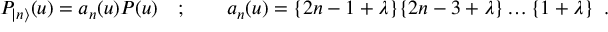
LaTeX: P _ { | n \rangle } ( u ) = a _ { n } ( u ) P ( u ) \quad ; \qquad a _ { n } ( u ) = \{ 2 n - 1 + \lambda \} \{ 2 n - 3 + \lambda \} \dots \{ 1 + \lambda \} \, \, \, .